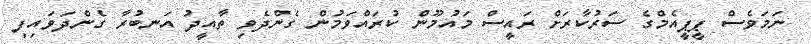
ނަމަވެސް ޕީޕީއެމްގެ ސަރުކާރަށް ރައީސް މައުމޫން ކުރައްވަމުން ގެންދެވި ތާއީދު އަނބުރާ ގެންދަވައިފި